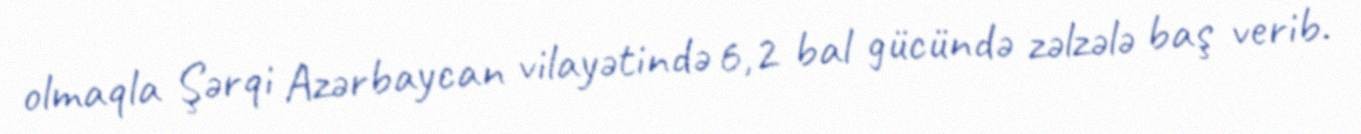
olmaqla Şərqi Azərbaycan vilayətində 6,2 bal gücündə zəlzələ baş verib.